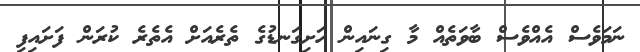
ނަމަވެސް އެއްވެސް ބާވަތެއް މާ ގިނައިން ހަށިގަނޑުގެ ތެރެއަށް އެތެރެ ކުރަން ފަށައިފި